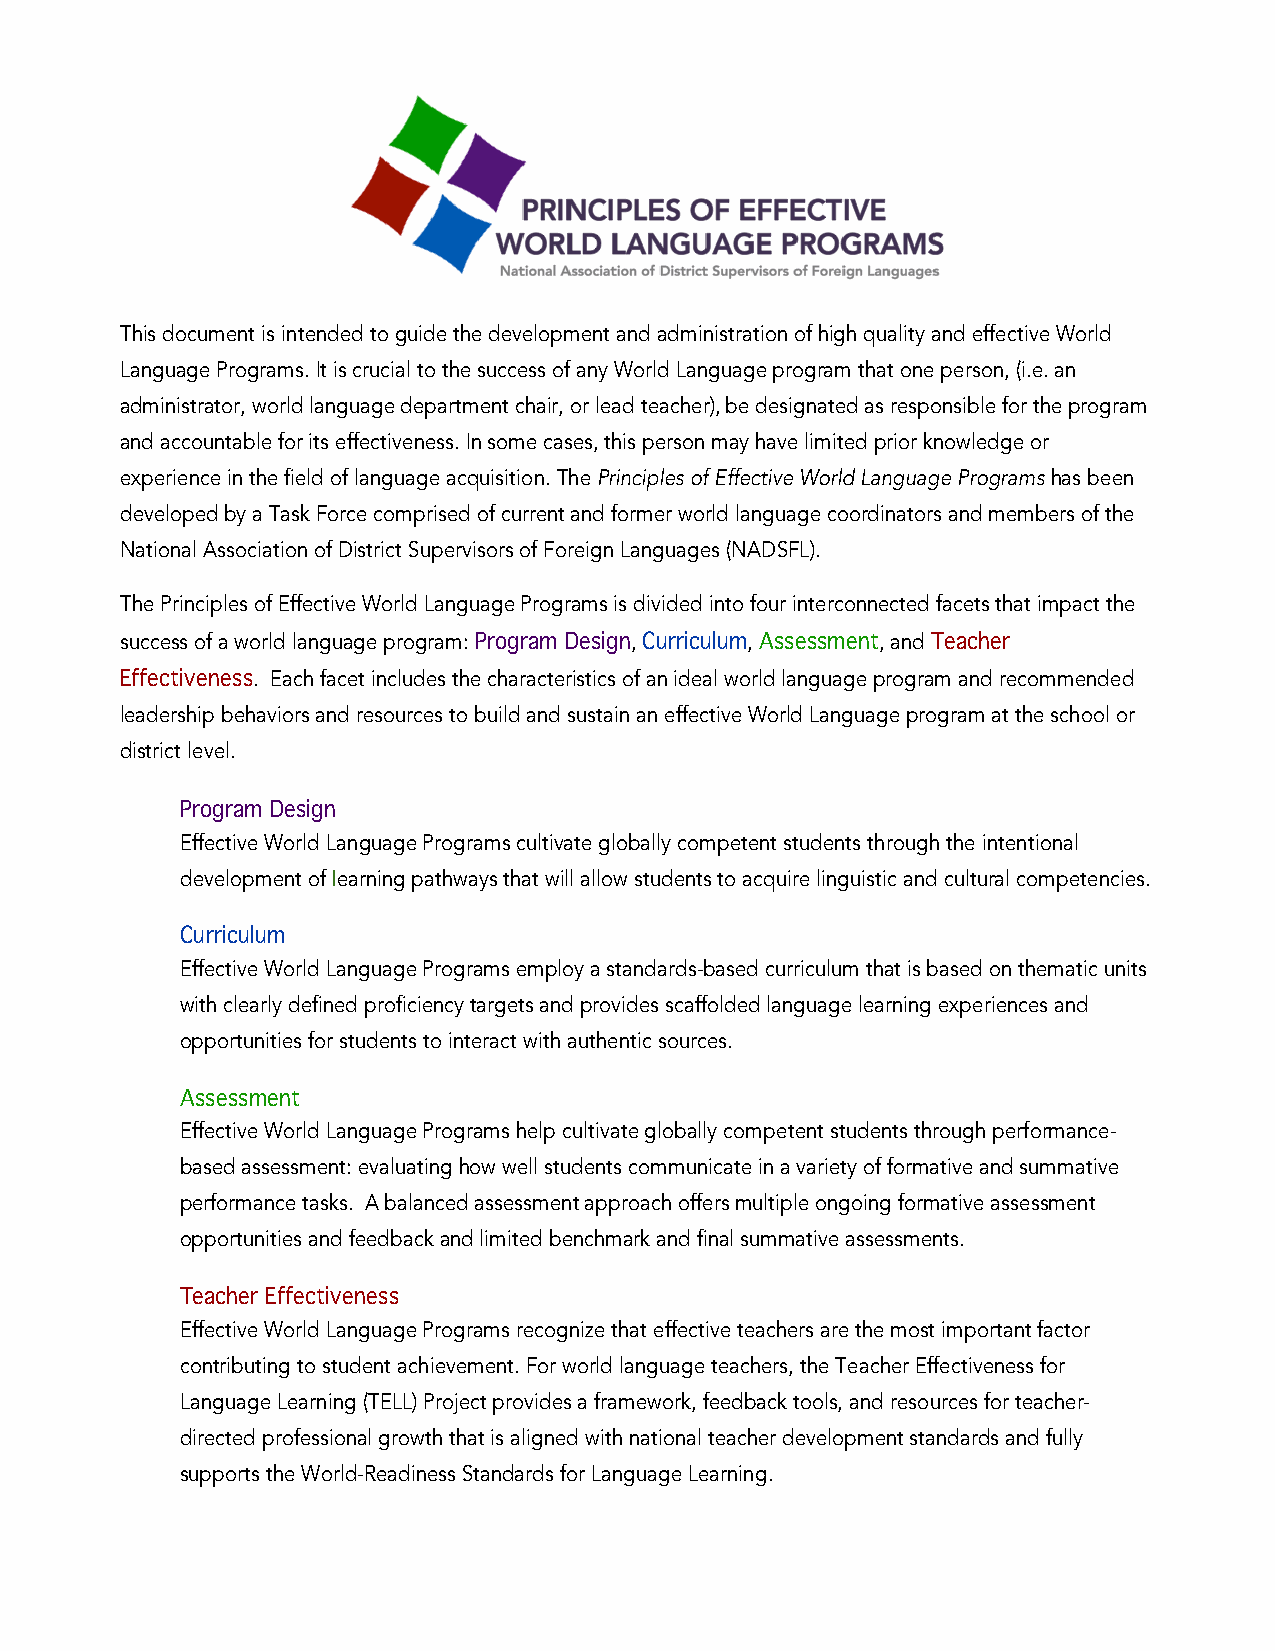
This document is intended to guide the development and administration of high quality and effective World
 Language Programs. It is crucial to the success of any World Language program that one person, (i.e. an
 administrator, world language department chair, or lead teacher), be designated as responsible for the program
 and accountable for its effectiveness. In some cases, this person may have limited prior knowledge or
 experience in the field of language acquisition. The Principles of Effective World Language Programs has been
 developed by a Task Force comprised of current and former world language coordinators and members of the
 National Association of District Supervisors of Foreign Languages (NADSFL).
 The Principles of Effective World Language Programs is divided into four interconnected facets that impact the
 success of a world language program: Program Design, Curriculum, Assessment, and Teacher
 Effectiveness. Each facet includes the characteristics of an ideal world language program and recommended
 leadership behaviors and resources to build and sustain an effective World Language program at the school or
 district level.
 Program Design
 Effective World Language Programs cultivate globally competent students through the intentional
 development of learning pathways that will allow students to acquire linguistic and cultural competencies.
 Curriculum
 Effective World Language Programs employ a standards-based curriculum that is based on thematic units
 with clearly defined proficiency targets and provides scaffolded language learning experiences and
 opportunities for students to interact with authentic sources.
 Assessment
 Effective World Language Programs help cultivate globally competent students through performance-
 based assessment: evaluating how well students communicate in a variety of formative and summative
 performance tasks. A balanced assessment approach offers multiple ongoing formative assessment
 opportunities and feedback and limited benchmark and final summative assessments.
 Teacher Effectiveness
 Effective World Language Programs recognize that effective teachers are the most important factor
 contributing to student achievement. For world language teachers, the Teacher Effectiveness for
 Language Learning (TELL) Project provides a framework, feedback tools, and resources for teacher-
 directed professional growth that is aligned with national teacher development standards and fully
 supports the World-Readiness Standards for Language Learning.